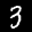
Label: 3